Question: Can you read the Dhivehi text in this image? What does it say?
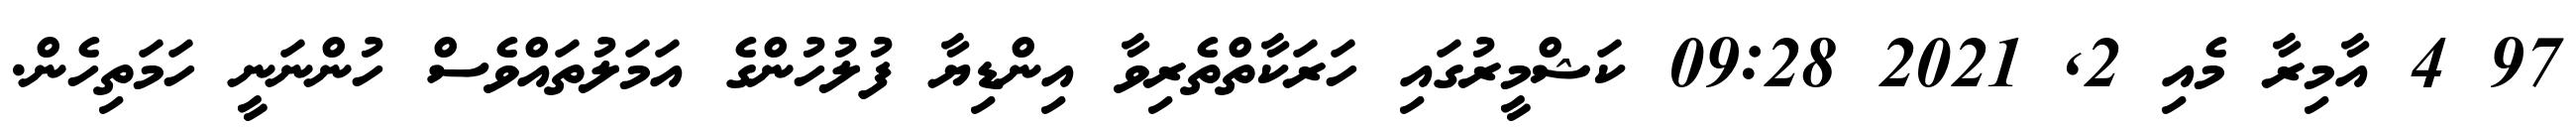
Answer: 97 4 އާމިރާ މެއި 2, 2021 09:28 ކަޝްމީރުގައި ހަރަކާތްތެރިވާ އިންޑިޔާ ފުލުހުންގެ އަމަލުތައްވެސް ހުންނަނީ ހަމަތިހެން.